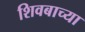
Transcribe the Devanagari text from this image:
शिवबाच्‍या